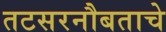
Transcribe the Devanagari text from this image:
तटसरनौबताचे